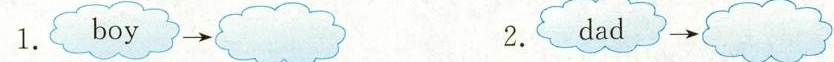
1. boy \longrightarrow 2.dad\longrightarrow